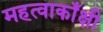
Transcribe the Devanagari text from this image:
महत्वाकाँक्षी